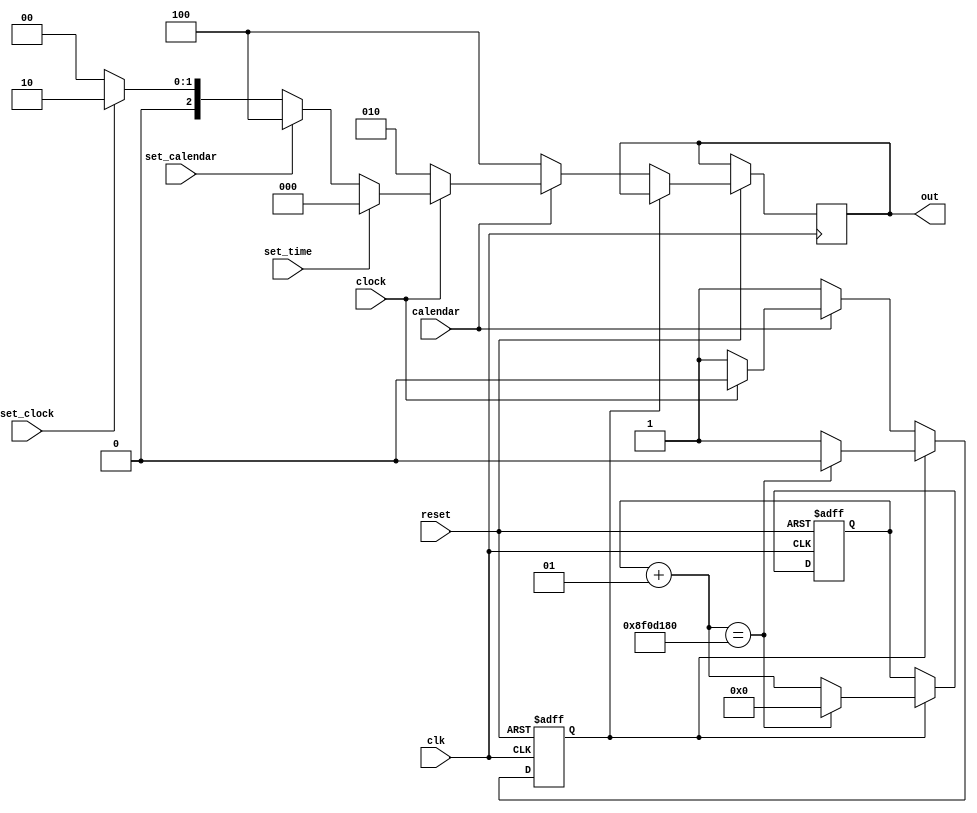
module choosedisplay (clk,clock,calendar,set_time,set_clock,set_calendar,out,reset);

input clk,clock,calendar,set_time,set_clock,set_calendar,reset;
output reg [2:0]out;
integer x=1'b0;
reg clk2=1'b0;
reg flag = 1'b0;

always@ (posedge clk,negedge reset)
begin

if (!reset)
begin
flag = 1'b0;
x = 1'b0;
end

else if (flag == 1'b1)
begin
clk2 <= 1'b1;
x = x + 1;
if (x == 32'd150000000)
begin
flag = 1'b0;
x = 1'b0;
end
end

else if (calendar == 1'b0)
begin
out <= 3'b100;
flag <= 1'b1;
end

else if (clock == 1'b0)
begin
out <= 3'b010;
flag <= 1'b1;
end



else if (set_time == 1'b1) out <= 3'b000;
else if (set_calendar == 1'b1) out <= 3'b100;
else if (set_clock == 1'b1) out <= 3'b010;

else
begin
out <= 3'b000;
flag <= 1'b0;
end

end 


endmodule